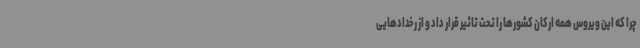
چرا که این ویروس همه ارکان کشورها را تحت تاثیر قرار داد و از رخدادهایی